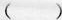
D.血浆、尿液、淋巴属于内环境